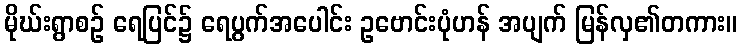
မိုဃ်းရွာစဉ် ရေပြင်၌ ရေပွက်အပေါင်း ဥဗောင်းပုံဟန် အပျက် မြန်လှ၏တကား။